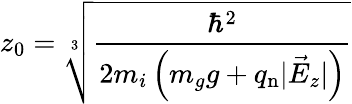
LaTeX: z_{0}=\sqrt[3]{\frac{\hbar^{2}}{2m_{i}\left(m_{g}g+q_{\mathrm{n}}|\vec{E}_{z}|\right)}}